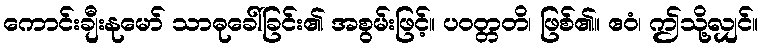
ကောင်းချီးနုမော် သာဓုခေါ်ခြင်း၏ အစွမ်းဖြင့်။ ပဝတ္တတိ၊ ဖြစ်၏။ ဧဝံ၊ ဤသို့လျှင်။